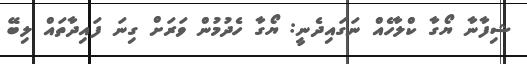
ޝިފާނާ ޔޯގާ ކްލާހެއް ނަގައިދެނީ: ޔޯގާ ހެދުމުން ވަރަށް ގިނަ ފައިދާތައް ލިބޭ